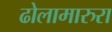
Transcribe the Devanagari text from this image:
ढोलामारुरा